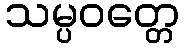
သမ္ပဝတ္တေ